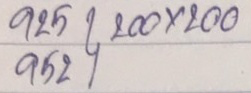
925 - 200 x 200
952 - 200 x 200